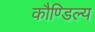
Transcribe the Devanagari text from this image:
कौण्डिल्य